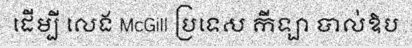
ដើម្បី លេង McGill ប្រទេស កីឡា បាល់ឱប